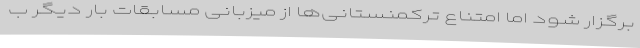
برگزار شود اما امتناع ترکمنستانی‌ها از میزبانی مسابقات بار دیگر ب